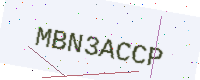
Text: MBN3ACCP